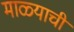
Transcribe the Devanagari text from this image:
माळ्याची